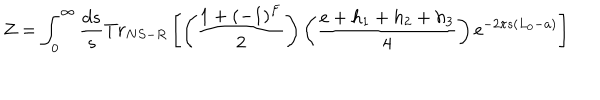
LaTeX: Z = \int _ { 0 } ^ { \infty } \frac { d s } { s } T r _ { N S - R } \left[ \left( \frac { 1 + ( - 1 ) ^ { F } } { 2 } \right) \left( \frac { e + h _ { 1 } + h _ { 2 } + h _ { 3 } } { 4 } \right) \mathrm { e } ^ { - 2 \pi s ( L _ { 0 } - a ) } \right]